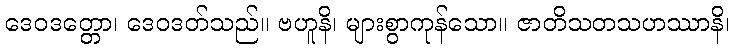
ဒေဝဒတ္တော၊ ဒေဝဒတ်သည်။ ဗဟူနိ၊ များစွာကုန်သော။ ဇာတိသတသဟဿာနိ၊